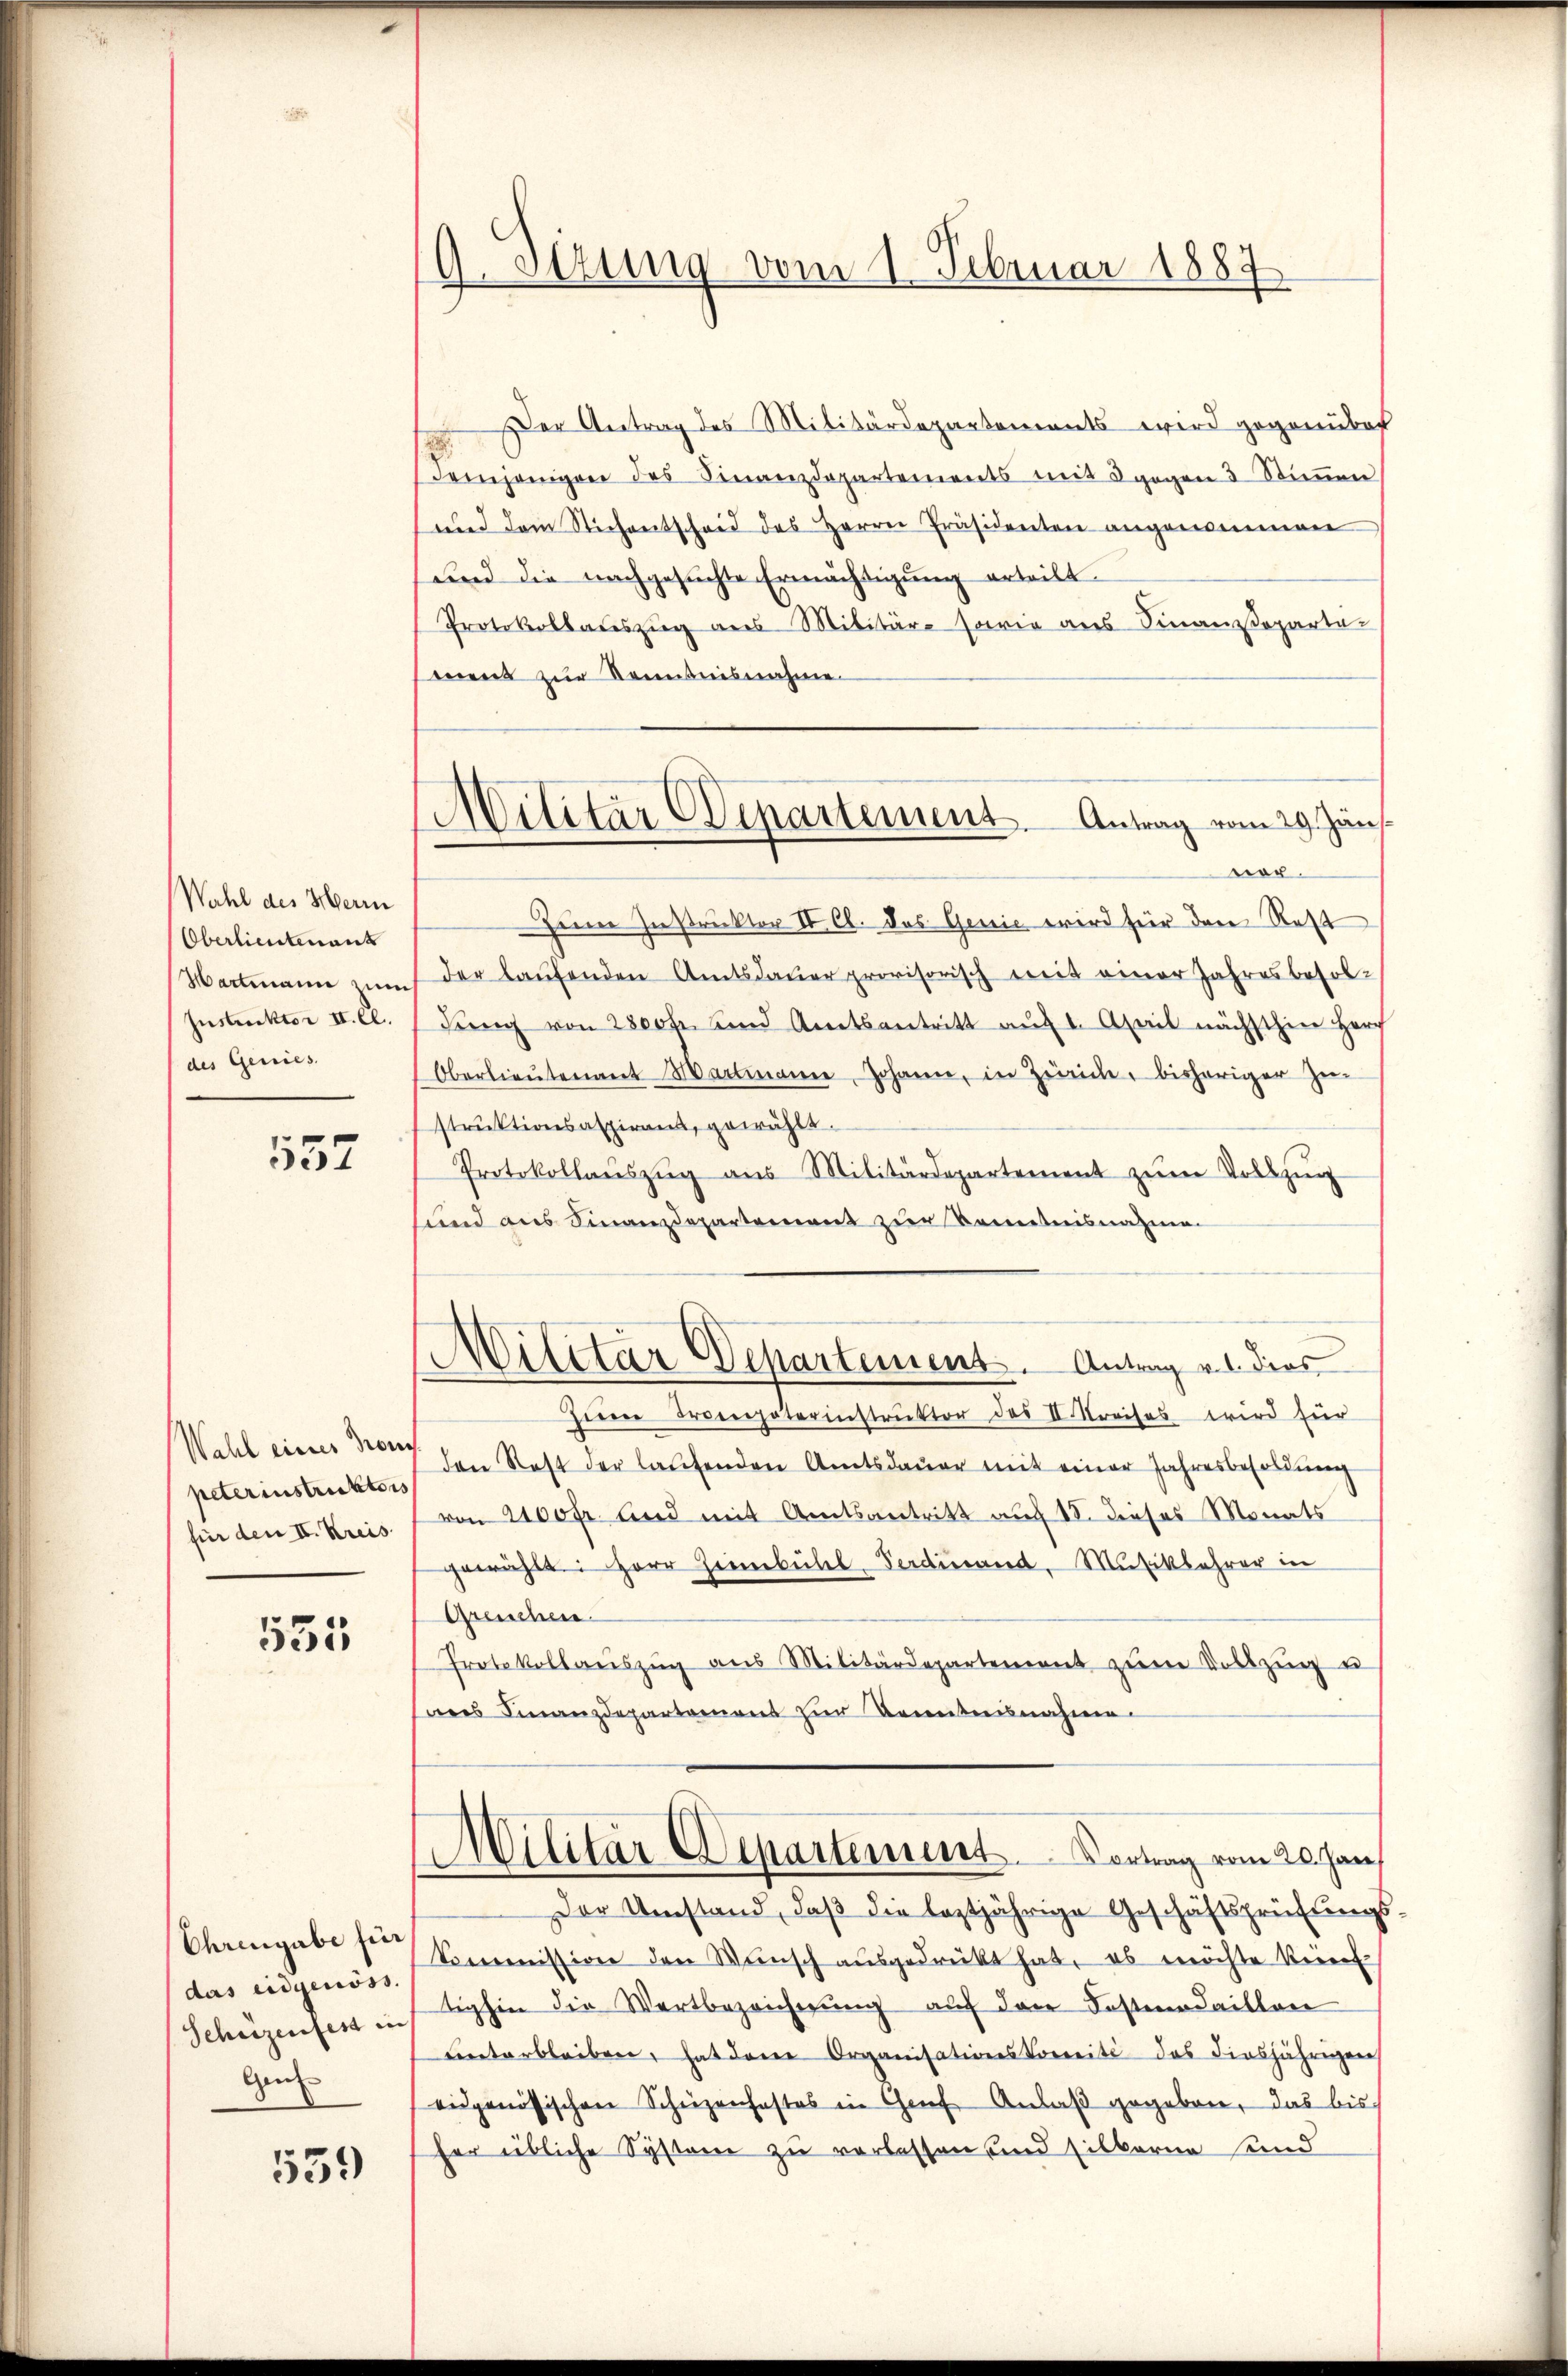
Wahl des Herrn
Oberlieutenant
Hartmann zum
Instruktor II. Cl.
des Genies

552

Wahl eines Haus
peterinstruktors
für den II. Kreis

535

Ehrengabe für
das eidgenöss.
Schüzenfest in
Gen

559

9. Situng vom 1. Februar 1889

Militär Departement. Antrag vom 29. Jän
nor.

Der Antrag des Militärdepartements wird gegenüber
demjenigen des Finanzdepartements mit 3 gegen 3 Stiṁen
und dem Stichentscheid des Herrn Präsidenten angenommen
Kind die nachgesuchte Ermächtigŭng erteilt.
Protokollateszug aus Militär- sowie aus Sinanzdeparta-
ment zur Kenntnisnahme.
Zeine Instruktor II Cl. das Genie wird für den Rest
der laŭfenden Amtsdaŭer provisorisch mit einer Jahresbesoldung von 2800 fr. und Amtsantritt aŭf 1. April nächsthin Herz
Oberlieŭtenant Wartmann, Johann, in Zürich, bisheriger Ze
struktionsaspirant, gewählt.
Protokollanszŭg aŭs Militärdepartement zŭm Vollzŭg
und aus Finanzdepartement zur Kenntnisnahme
Militär Departement. Antrag v. dies
Zeim Proenpaterinstruktor des II. Kreises wird zur
den Rest der laufenden Amtsdauer mit einer Jahresbesoldung
von 2100 fr. und mit Amtsantritt auf 18. dieses Monats
gewählt: Herr Ziembühel Ferdinand, Musiklehrer in
Greuchen
Protokollaŭszŭg ans Militärdepartement zum Vollzug u
ees Finanzdepartement zur Kenntnisnahme
Militär Departement. Vortrag vom 20. Jan
Der Umstand, daβ die leztjährige Geschäftsprüfŭngs-
Commission den Wünsch ausgedrückt hat, es möchte Vereit
tighin die Wertbezeichnung auf den Fasterdaillen
Lnterbleiben, hat dene Organisationskomité des diesjährigen
eidgenössischen Scheizenhaftes in Genf Anlaβ gegeben, das bis
her übliche Systeme zu verlassen und silberna sind